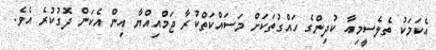
އެކަމަކު ތެލެސީމިއާ ކުދިންގެ ހައްގުތަކަށް މަސައްކަތްކުރާ ޖަމްއިއްޔާ އިން އެކަން ދޮގުކުރެ އެވެ.